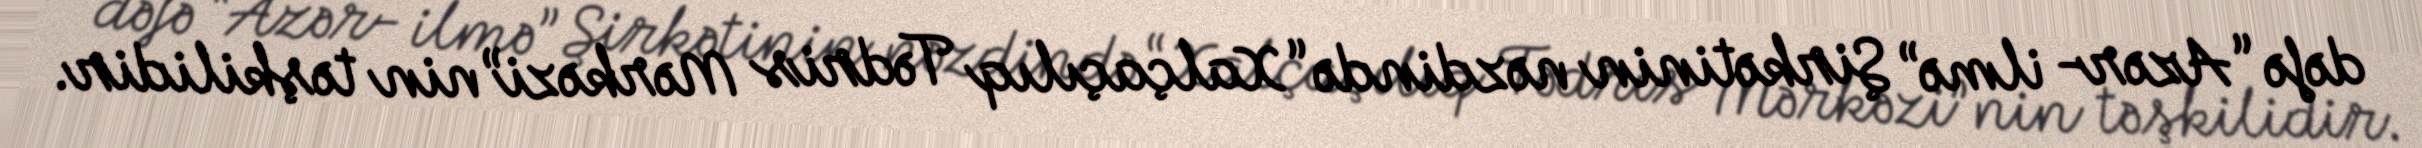
dəfə “Azər- ilmə” Şirkətinin nəzdində “Xalçaçılıq Tədris Mərkəzi”nin təşkilidir.